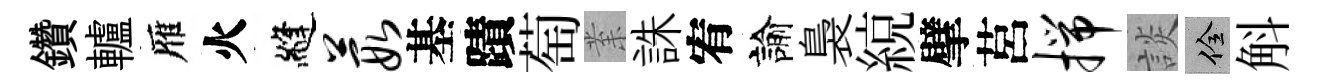
鑽轤雁火縫葭基蹟萄𭪙誅宥諭裊綂擘莒揣談佺斛